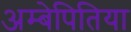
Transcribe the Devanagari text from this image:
अम्बेपितिया